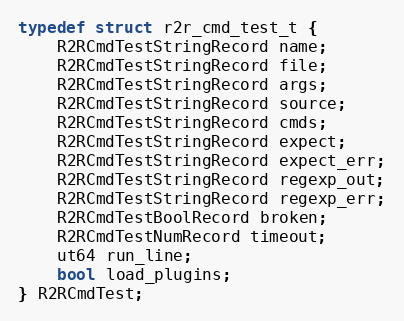
Language: C
typedef struct r2r_cmd_test_t {
	R2RCmdTestStringRecord name;
	R2RCmdTestStringRecord file;
	R2RCmdTestStringRecord args;
	R2RCmdTestStringRecord source;
	R2RCmdTestStringRecord cmds;
	R2RCmdTestStringRecord expect;
	R2RCmdTestStringRecord expect_err;
	R2RCmdTestStringRecord regexp_out;
	R2RCmdTestStringRecord regexp_err;
	R2RCmdTestBoolRecord broken;
	R2RCmdTestNumRecord timeout;
	ut64 run_line;
	bool load_plugins;
} R2RCmdTest;